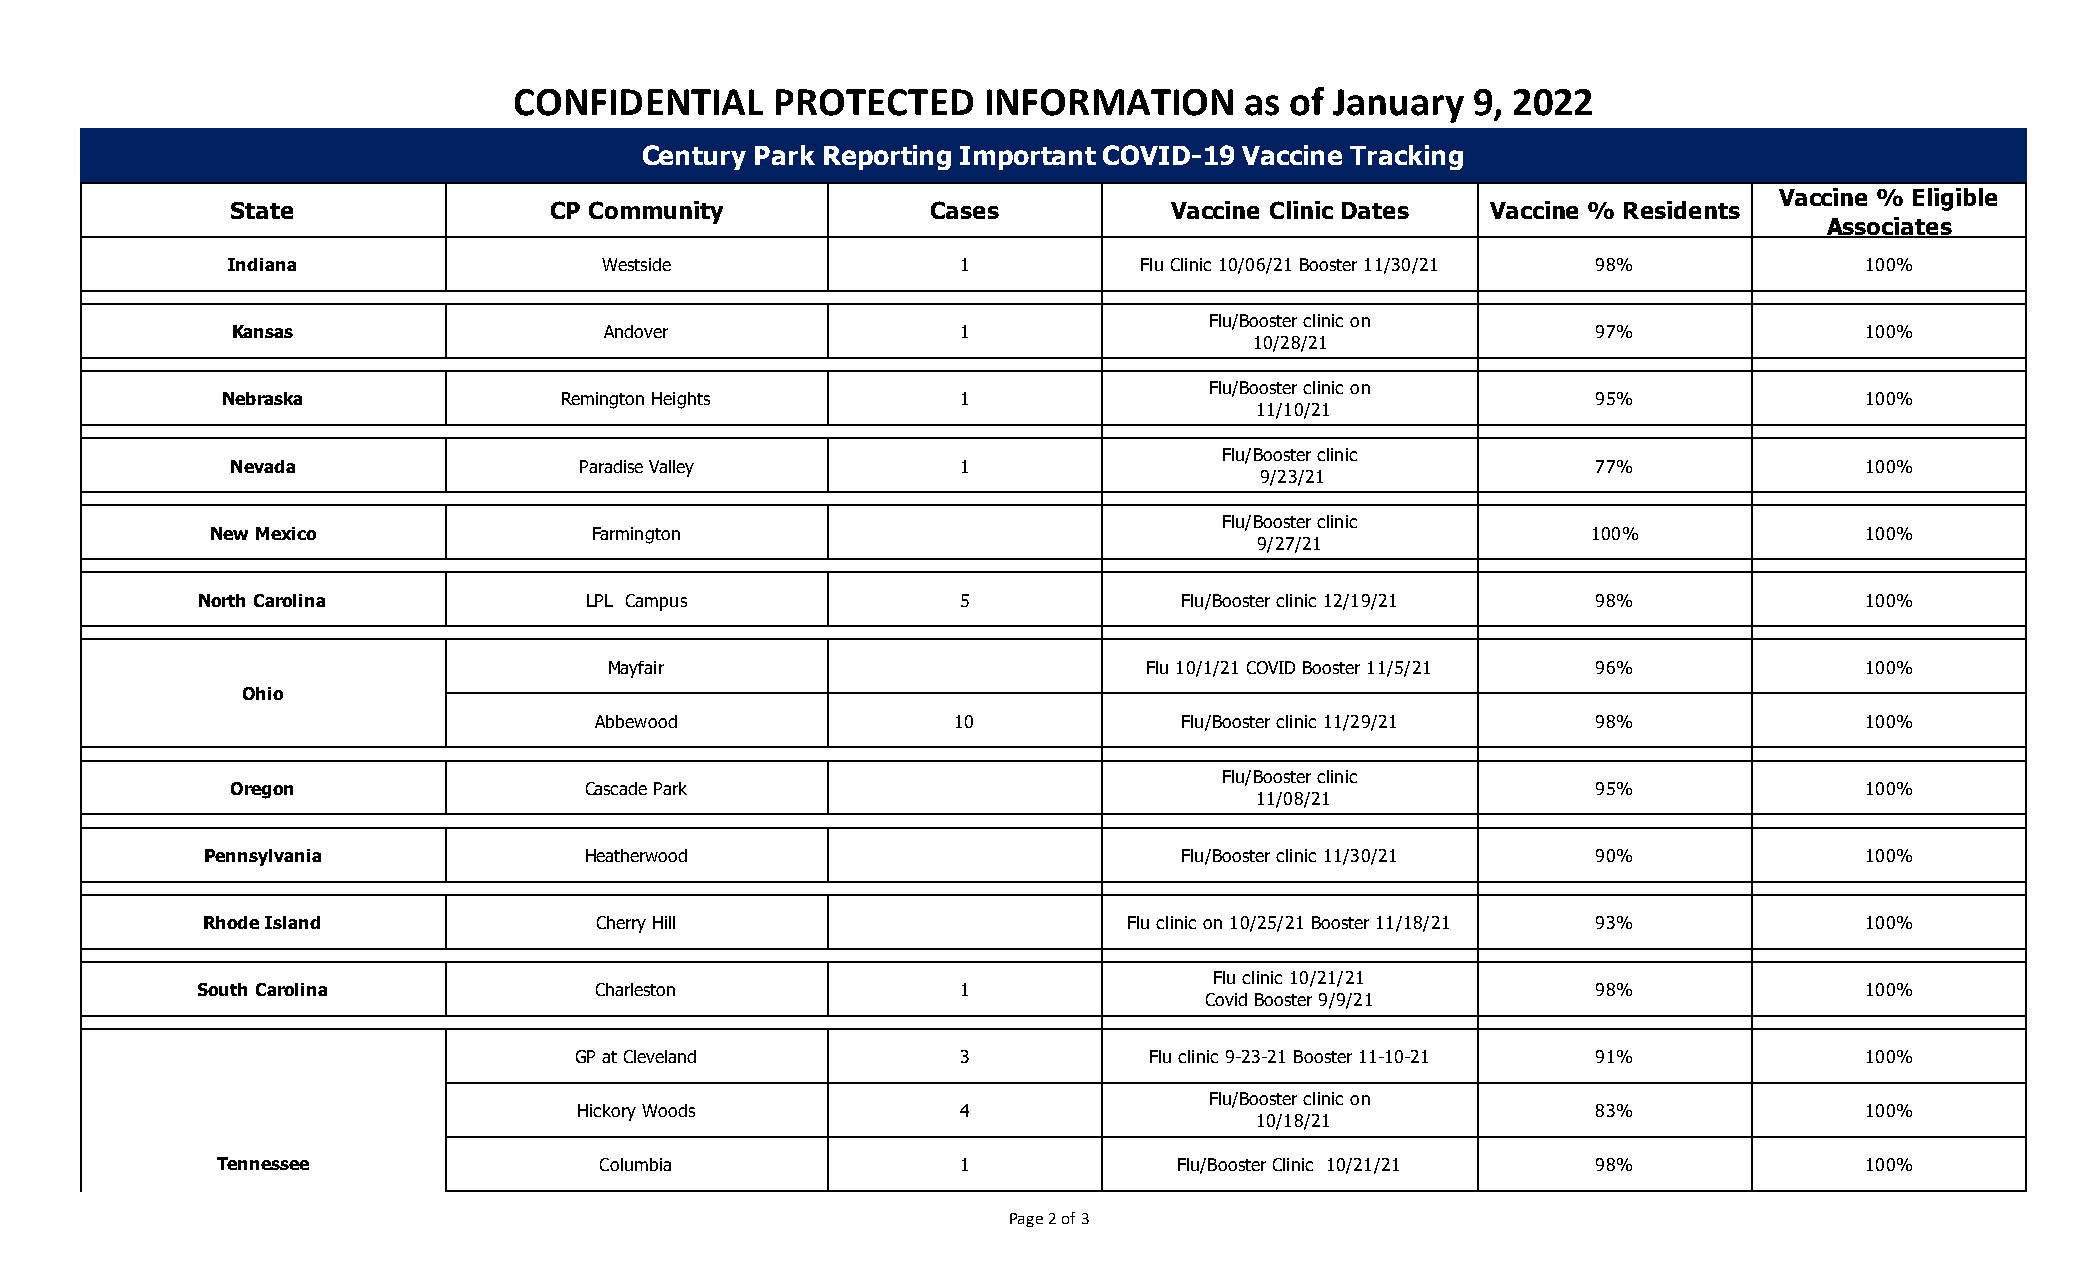
CONFIDENTIAL     PROTECTED     INFORMATION      as of January   9, 2022
 Century Park Reporting Important COVID-19 Vaccine Tracking
 Vaccine % Eligible
 State                CP Community              Cases           Vaccine Clinic Dates Vaccine % Residents
 Associates
 Indiana                  Westside                1           Flu Clinic 10/06/21 Booster 11/30/21 98%       100%
 Flu/Booster clinic on
 Kansas                   Andover                 1                                         97%              100%
 10/28/21
 Flu/Booster clinic on
 Nebraska              Remington Heights          1                                         95%              100%
 11/10/21
 Flu/Booster clinic
 Nevada                 Paradise Valley           1                                         77%              100%
 9/23/21
 Flu/Booster clinic
 New Mexico               Farmington                                                        100%              100%
 9/27/21
 North Carolina            LPL Campus               5             Flu/Booster clinic 12/19/21 98%              100%
 Mayfair                             Flu 10/1/21 COVID Booster 11/5/21 96%          100%
 Ohio
 Abbewood                10             Flu/Booster clinic 11/29/21 98%              100%
 Flu/Booster clinic
 Oregon                  Cascade Park                                                       95%              100%
 11/08/21
 Pennsylvania             Heatherwood                            Flu/Booster clinic 11/30/21 90%              100%
 Rhode Island              Cherry Hill                         Flu clinic on 10/25/21 Booster 11/18/21 93%     100%
 Flu clinic 10/21/21
 South Carolina            Charleston               1                                         98%              100%
 Covid Booster 9/9/21
 GP at Cleveland           3           Flu clinic 9-23-21 Booster 11-10-21 91%        100%
 Flu/Booster clinic on
 Hickory Woods             4                                         83%              100%
 10/18/21
 Tennessee                 Columbia                1             Flu/Booster Clinic 10/21/21 98%              100%
 Page 2 of 3